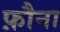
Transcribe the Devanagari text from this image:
फ़ौना